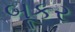
બૂકર